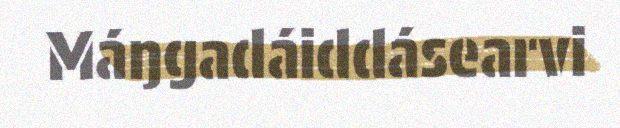
Máŋgadáiddásearvi